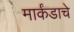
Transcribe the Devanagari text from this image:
मार्कंडाचे